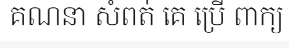
គណនា សំពត់ គេ ប្រើ ពាក្យ